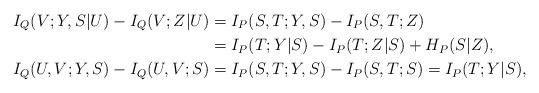
LaTeX: \begin{align*} I_Q(V;Y,S|U)-I_Q(V;Z|U)&=I_P(S,T;Y,S)-I_P(S,T;Z)\\ &=I_P(T;Y|S)-I_P(T;Z|S)+H_P(S|Z),\\ I_Q(U,V;Y,S)-I_Q(U,V;S)&=I_P(S,T;Y,S)-I_P(S,T;S)=I_P(T;Y|S),\end{align*}